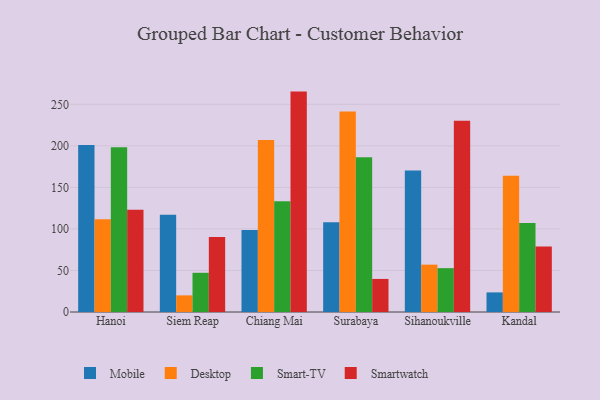
{"axis": {"x": "City", "y": "Website Visitors"}, "legend": ["Desktop", "Mobile", "Smart-TV", "Smartwatch"], "data": [{"x": "Hanoi", "y": 201.0, "type": "Mobile"}, {"x": "Hanoi", "y": 111.5, "type": "Desktop"}, {"x": "Hanoi", "y": 198.4, "type": "Smart-TV"}, {"x": "Hanoi", "y": 123.1, "type": "Smartwatch"}, {"x": "Siem Reap", "y": 117.0, "type": "Mobile"}, {"x": "Siem Reap", "y": 20.0, "type": "Desktop"}, {"x": "Siem Reap", "y": 47.2, "type": "Smart-TV"}, {"x": "Siem Reap", "y": 90.2, "type": "Smartwatch"}, {"x": "Chiang Mai", "y": 98.8, "type": "Mobile"}, {"x": "Chiang Mai", "y": 207.0, "type": "Desktop"}, {"x": "Chiang Mai", "y": 133.2, "type": "Smart-TV"}, {"x": "Chiang Mai", "y": 265.3, "type": "Smartwatch"}, {"x": "Surabaya", "y": 108.1, "type": "Mobile"}, {"x": "Surabaya", "y": 241.3, "type": "Desktop"}, {"x": "Surabaya", "y": 186.4, "type": "Smart-TV"}, {"x": "Surabaya", "y": 39.8, "type": "Smartwatch"}, {"x": "Sihanoukville", "y": 170.3, "type": "Mobile"}, {"x": "Sihanoukville", "y": 57.0, "type": "Desktop"}, {"x": "Sihanoukville", "y": 52.8, "type": "Smart-TV"}, {"x": "Sihanoukville", "y": 230.3, "type": "Smartwatch"}, {"x": "Kandal", "y": 23.6, "type": "Mobile"}, {"x": "Kandal", "y": 164.1, "type": "Desktop"}, {"x": "Kandal", "y": 107.2, "type": "Smart-TV"}, {"x": "Kandal", "y": 78.9, "type": "Smartwatch"}]}